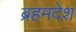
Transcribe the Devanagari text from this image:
ब्रहमदेश